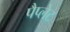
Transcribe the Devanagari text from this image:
पैप्लेट